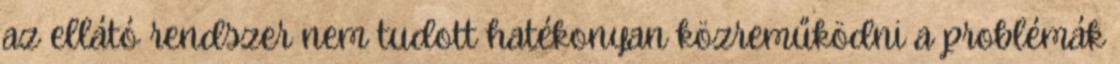
az ellátó rendszer nem tudott hatékonyan közreműködni a problémák